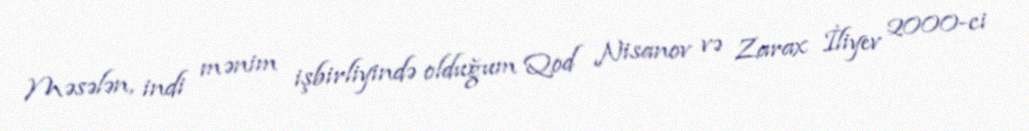
Məsələn, indi mənim işbirliyində olduğum Qod Nisanov və Zarax İliyev 2000-ci